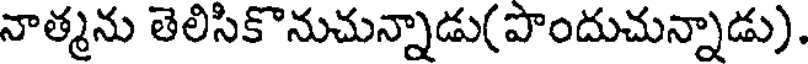
నాత్మను తెలిసికొనుచున్నాడు(పొందుచున్నాడు).